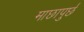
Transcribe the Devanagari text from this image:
माछापुर्छ